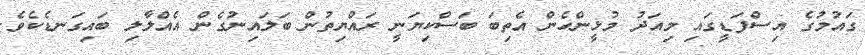
ގައުމުގެ އިސްފަޑީގައި މިއަދު މުޅީންހެން އެތިބަ ބަސްކިޔަނީ ރައްޔިތުން ބަލައިނުގެން އެއްލާލި ބައިގަނޑެކެވެ.